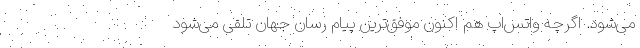
می‌شود. اگرچه واتس‌اپ هم اکنون موفق‌ترین پیام رسان جهان تلقی می‌شود